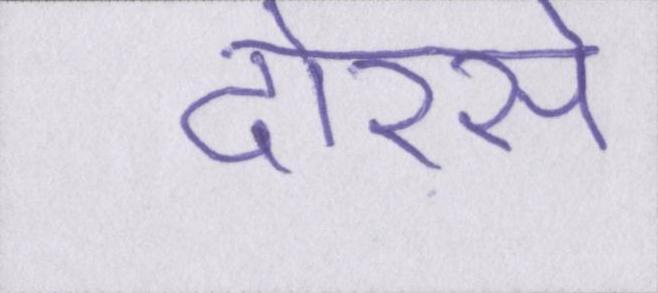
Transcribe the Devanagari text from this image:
दोरसे